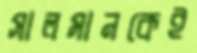
সালমানকেই